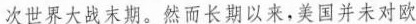
次世界大战末期。然而长期以来，美国并未对欧